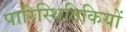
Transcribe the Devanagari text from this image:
पारिस्थितिकियों